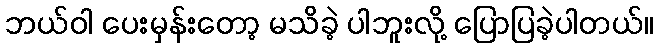
ဘယ်ဝါ ပေးမှန်းတော့ မသိခဲ့ ပါဘူးလို့ ပြောပြခဲ့ပါတယ်။